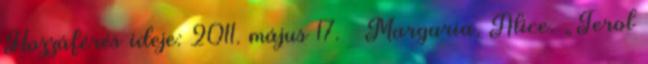
Hozzáférés ideje: 2011. május 17. ↑ Margaria, Alice. „Terol